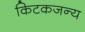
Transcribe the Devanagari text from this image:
किटकजन्य